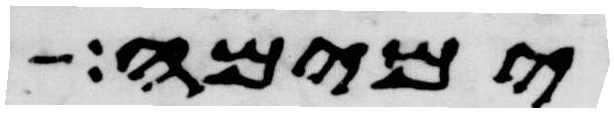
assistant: ימימה